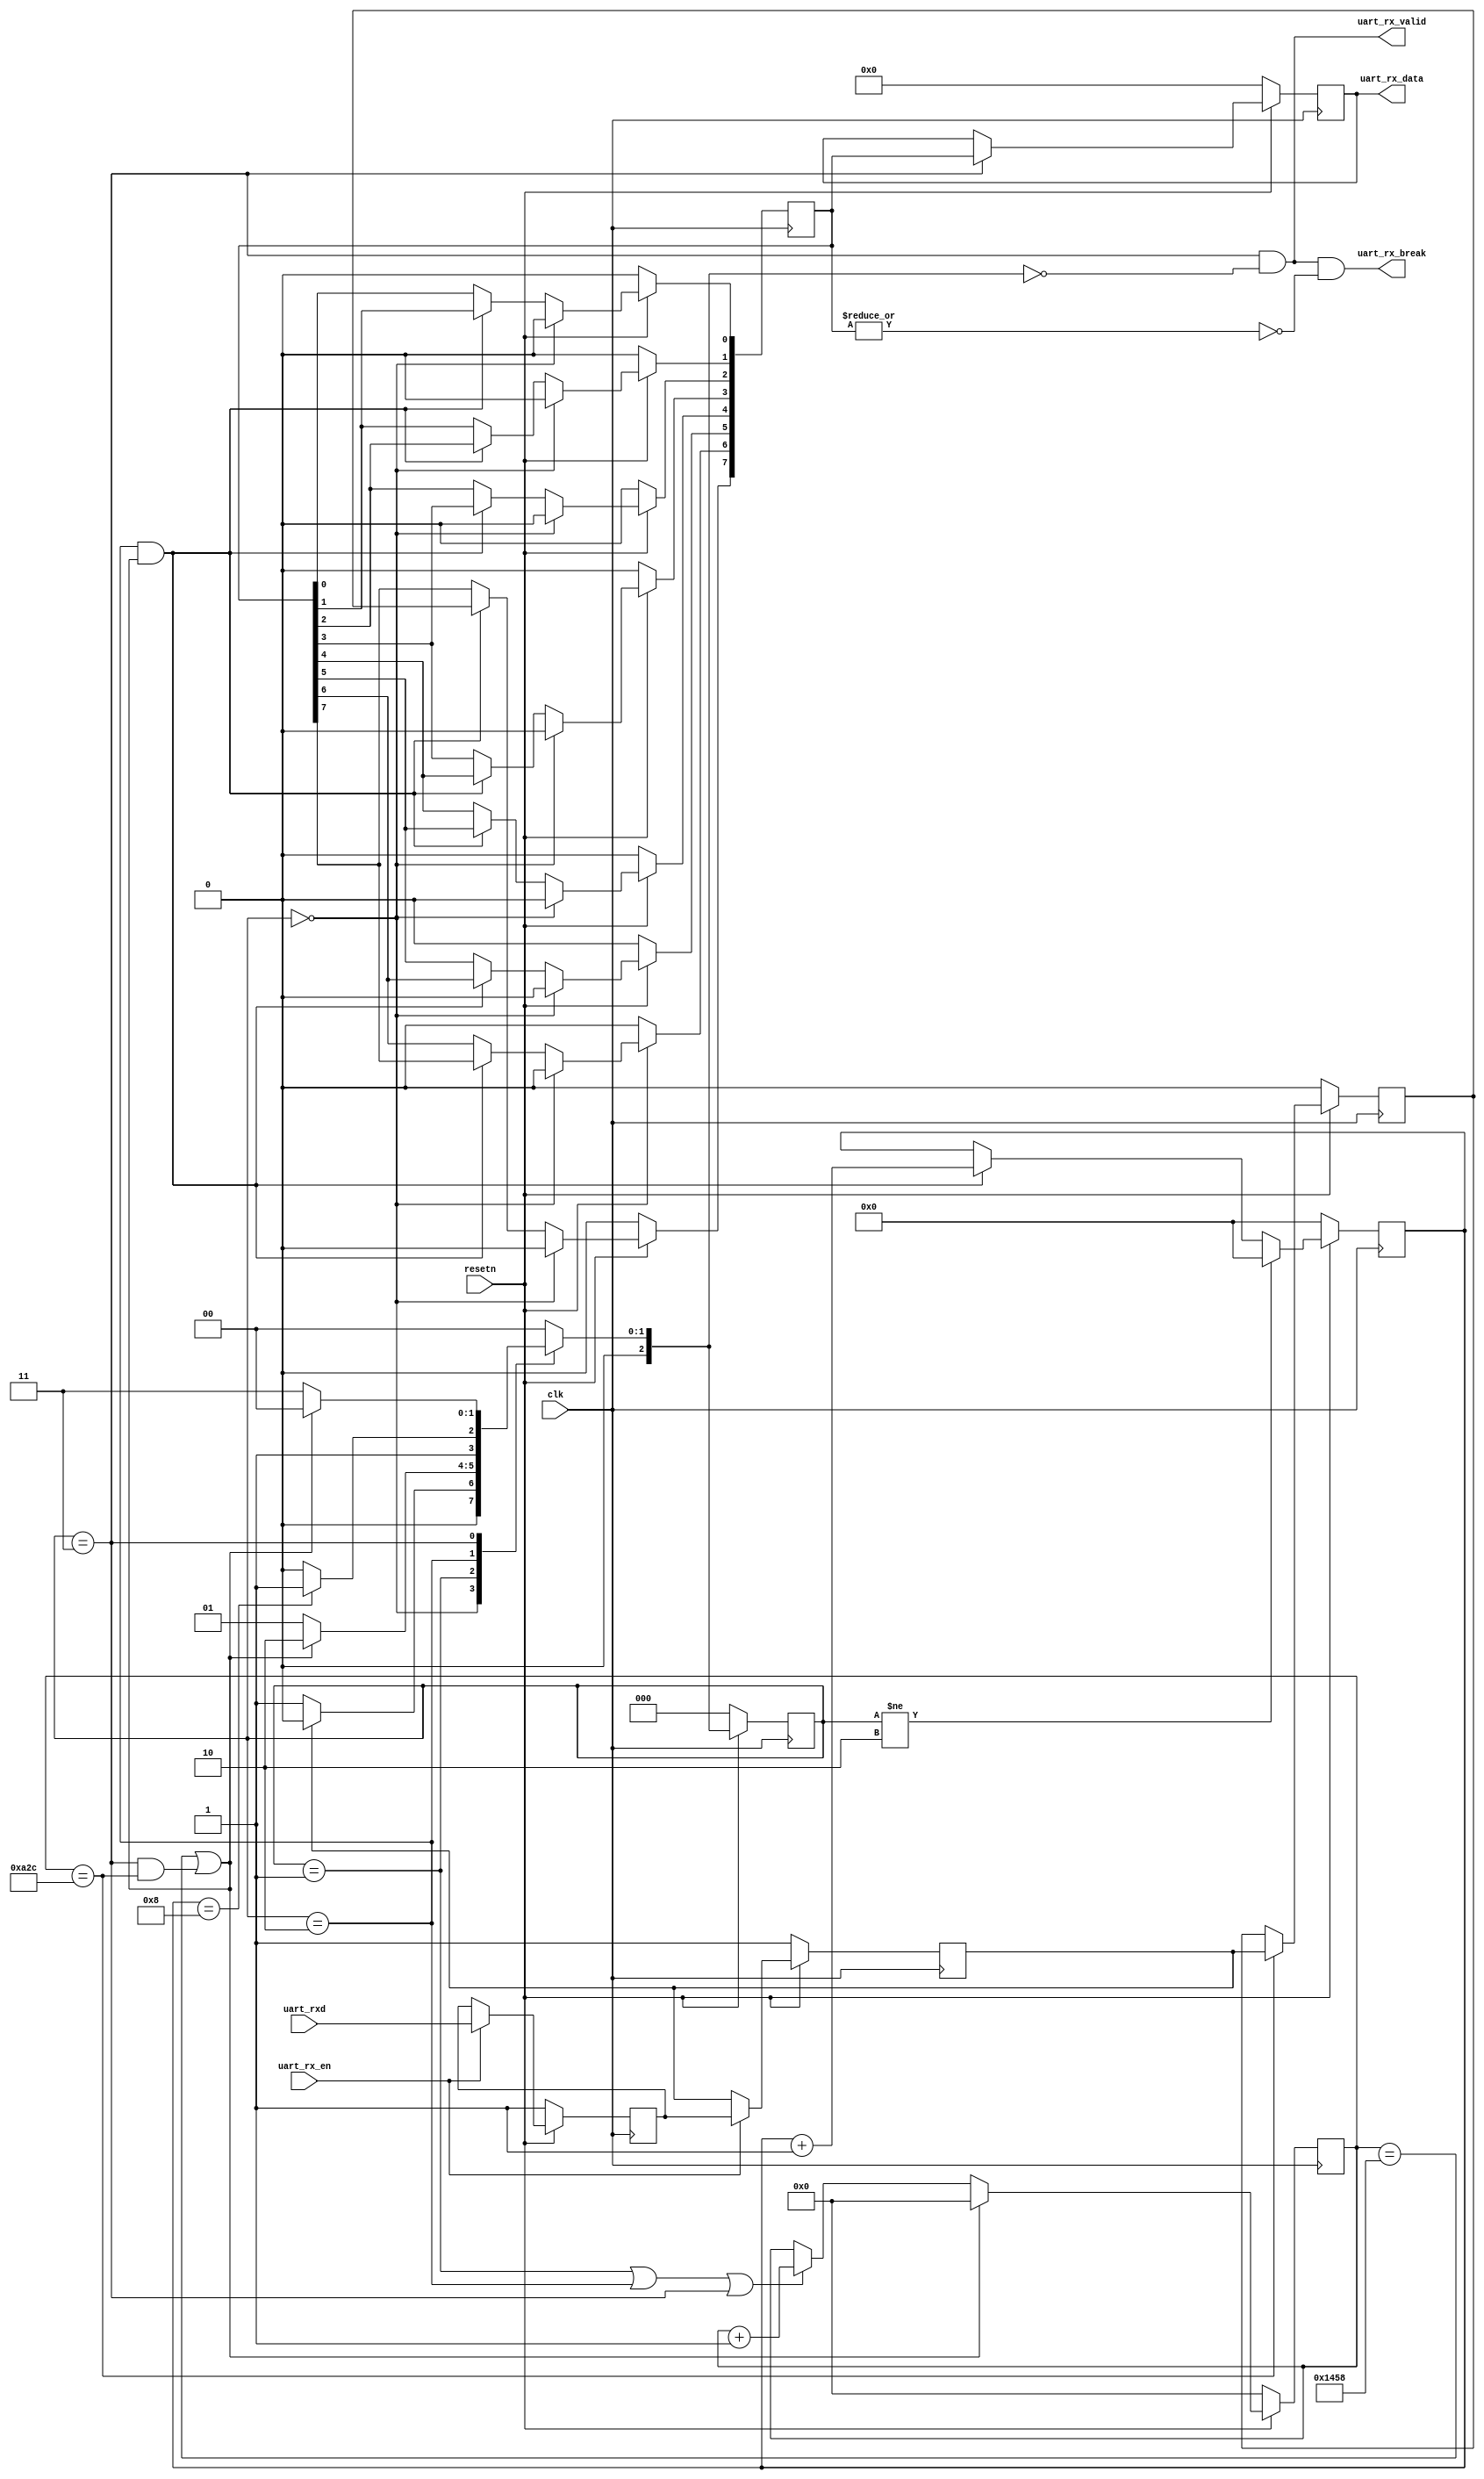
// This program was cloned from: https://github.com/theuppercaseguy/GIKI-Tapeout
// License: Apache License 2.0

`timescale 1ns / 1ps
//////////////////////////////////////////////////////////////////////////////////
// Company: 
// Engineer: 
// 
// Design Name: 
// Module Name: reciver
// Project Name: 
// Target Devices: 
// Tool Versions: 
// Description: 
// 
// Dependencies: 
// 
// Revision:
// Revision 0.01 - File Created
// Additional Comments:
// 
//////////////////////////////////////////////////////////////////////////////////

module receiver (

input  wire       clk          , // Top level system clock input.
input  wire       resetn       , // Asynchronous active low reset.
input  wire       uart_rxd     , // UART Recieve pin.
input  wire       uart_rx_en   , // Recieve enable
output wire       uart_rx_break, // Did we get a BREAK message?
output wire       uart_rx_valid, // Valid data recieved and available.
output reg  [7:0] uart_rx_data   // The recieved data.
);


parameter   BIT_RATE        = 9600; // bits / sec
localparam  BIT_P           = 1_000_000_000  /*78643200*/ * 1/BIT_RATE; // nanoseconds

parameter   CLK_HZ          = 50_000_000; // need to make it 50_000_000; //
localparam  CLK_P           = 1_000_000_000 * 1/CLK_HZ; // nanoseconds

parameter   PAYLOAD_BITS    = 8;

parameter   STOP_BITS       = 1;


localparam       CYCLES_PER_BIT     = BIT_P / CLK_P;
localparam       COUNT_REG_LEN      = 1+$clog2(CYCLES_PER_BIT);

reg rxd_reg;
reg rxd_reg_0;
reg [PAYLOAD_BITS-1:0] recieved_data;
reg [COUNT_REG_LEN-1:0] cycle_counter;
reg [3:0] bit_counter;

// Sample of the UART input line whenever we are in the middle of a bit frame.
reg bit_sample;

//
// Current and next states of the internal FSM.
reg [2:0] fsm_state; //current state
reg [2:0] n_fsm_state; //next_state

localparam FSM_IDLE = 0;
localparam FSM_START= 1;
localparam FSM_RECV = 2;
localparam FSM_STOP = 3;

// --------------------------------------------------------------------------- 
// Output assignment
// 

assign uart_rx_break = uart_rx_valid && ~|recieved_data;
assign uart_rx_valid = fsm_state == FSM_STOP && n_fsm_state == FSM_IDLE;

always @(posedge clk) begin
    if(!resetn) begin
        uart_rx_data  <= {PAYLOAD_BITS{1'b0}};
    end else if (fsm_state == FSM_STOP) begin
        uart_rx_data  <= recieved_data;
    end
end

// FSM next state selection.
wire next_bit     = cycle_counter == CYCLES_PER_BIT ||
                        fsm_state       == FSM_STOP && 
                        cycle_counter   == CYCLES_PER_BIT/2;
wire payload_done = bit_counter   == PAYLOAD_BITS  ;

// Handle picking the next state.
always @(*) begin : p_n_fsm_state
    case(fsm_state)
        FSM_IDLE : n_fsm_state = rxd_reg      ? FSM_IDLE : FSM_START;
        FSM_START: n_fsm_state = next_bit     ? FSM_RECV : FSM_START;
        FSM_RECV : n_fsm_state = payload_done ? FSM_STOP : FSM_RECV ;
        FSM_STOP : n_fsm_state = next_bit     ? FSM_IDLE : FSM_STOP ;
        default  : n_fsm_state = FSM_IDLE;
    endcase
end

// Handle updates to the recieved data register.
integer i = 0;
always @(posedge clk) begin : p_recieved_data
    if(!resetn) begin
        recieved_data <= {PAYLOAD_BITS{1'b0}};
    end else if(fsm_state == FSM_IDLE             ) begin
        recieved_data <= {PAYLOAD_BITS{1'b0}};
    end else if(fsm_state == FSM_RECV && next_bit ) begin
        recieved_data[PAYLOAD_BITS-1] <= bit_sample;
        for ( i = PAYLOAD_BITS-2; i >= 0; i = i - 1) begin
            recieved_data[i] <= recieved_data[i+1];
        end
    end
end

//
// Increments the bit counter when recieving.
always @(posedge clk) begin : p_bit_counter
    if(!resetn) begin
        bit_counter <= 4'b0;
    end else if(fsm_state != FSM_RECV) begin
        bit_counter <= {COUNT_REG_LEN{1'b0}};
    end else if(fsm_state == FSM_RECV && next_bit) begin
        bit_counter <= bit_counter + 1'b1;
    end
end

//
// Sample the recieved bit when in the middle of a bit frame.
always @(posedge clk) begin : p_bit_sample
    if(!resetn) begin
        bit_sample <= 1'b0;
    end else if (cycle_counter == CYCLES_PER_BIT/2) begin
        bit_sample <= rxd_reg;
    end
end


//
// Increments the cycle counter when recieving.
always @(posedge clk) begin : p_cycle_counter
    if(!resetn) begin
        cycle_counter <= {COUNT_REG_LEN{1'b0}};
    end else if(next_bit) begin
        cycle_counter <= {COUNT_REG_LEN{1'b0}};
    end else if(fsm_state == FSM_START || 
                fsm_state == FSM_RECV  || 
                fsm_state == FSM_STOP   ) begin
        cycle_counter <= cycle_counter + 1'b1;
    end
end


//
// Progresses the next FSM state.
always @(posedge clk) begin : p_fsm_state
    if(!resetn) begin
        fsm_state <= FSM_IDLE;
    end else begin
        fsm_state <= n_fsm_state;
    end
end


//
// Responsible for updating the internal value of the rxd_reg.
always @(posedge clk) begin : p_rxd_reg
    if(!resetn) begin
        rxd_reg     <= 1'b1;
        rxd_reg_0   <= 1'b1;
    end else if(uart_rx_en) begin
        rxd_reg     <= rxd_reg_0;
        rxd_reg_0   <= uart_rxd;
    end
end


endmodule